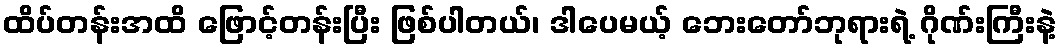
ထိပ်တန်းအထိ ဖြောင့်တန်းပြီး ဖြစ်ပါတယ်၊ ဒါပေမယ့် ဘေးတော်ဘုရားရဲ့ ဂိုဏ်းကြီးနဲ့